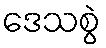
ဒေသစွဲ